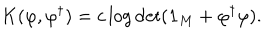
K ( \varphi , \varphi ^ { \dagger } ) = c \log \det ( { \bf 1 } _ { M } + \varphi ^ { \dagger } \varphi ) .